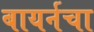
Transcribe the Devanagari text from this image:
बायर्नचा